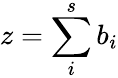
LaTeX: z=\sum_{i}^{s}b_{i}